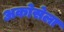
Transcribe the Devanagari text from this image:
अकोसेला